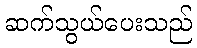
ဆက်သွယ်ပေးသည်